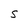
Character: S